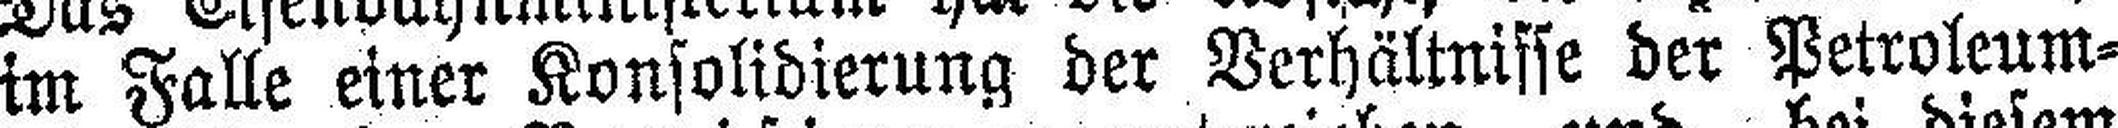
im Falle einer Konsolidierung der Verhältnisse der Petroleum¬